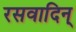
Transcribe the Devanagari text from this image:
रसवादिन्